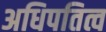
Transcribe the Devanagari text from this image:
अधिपतित्व